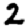
Digit: 2